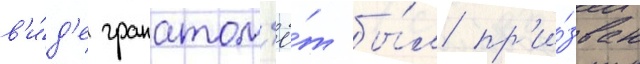
в'и́д'е гранатом'ё́т бы́л пр'и́зван